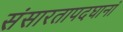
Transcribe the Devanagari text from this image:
संसारतापदघानां